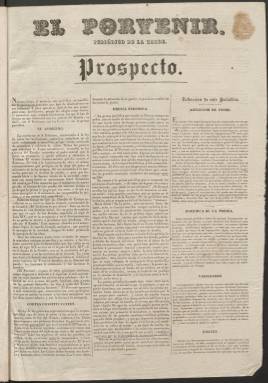
Título: El Porvenir (Madrid. 1837)
Colección: Periódicos anteriores a 1850
Ámbito geográfico: Madrid
Lugar de publicación: Madrid
Fechas: 01/01/1837-06/09/1837